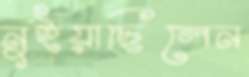
নুইয়াছিলেন